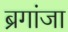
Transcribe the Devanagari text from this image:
ब्रगांजा